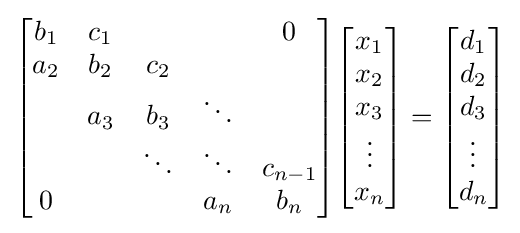
{\begin{bmatrix}b_{1}&c_{1}&&&0\\a_{2}&b_{2}&c_{2}&&\\&a_{3}&b_{3}&\ddots &\\&&\ddots &\ddots &c_{n-1}\\0&&&a_{n}&b_{n}\end{bmatrix}}{\begin{bmatrix}x_{1}\\x_{2}\\x_{3}\\\vdots \\x_{n}\end{bmatrix}}={\begin{bmatrix}d_{1}\\d_{2}\\d_{3}\\\vdots \\d_{n}\end{bmatrix}}